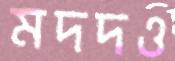
মদদও